Vaccination North-Western Provinces and Oudh 1896-1901 - 1896-1901
Year: 1896
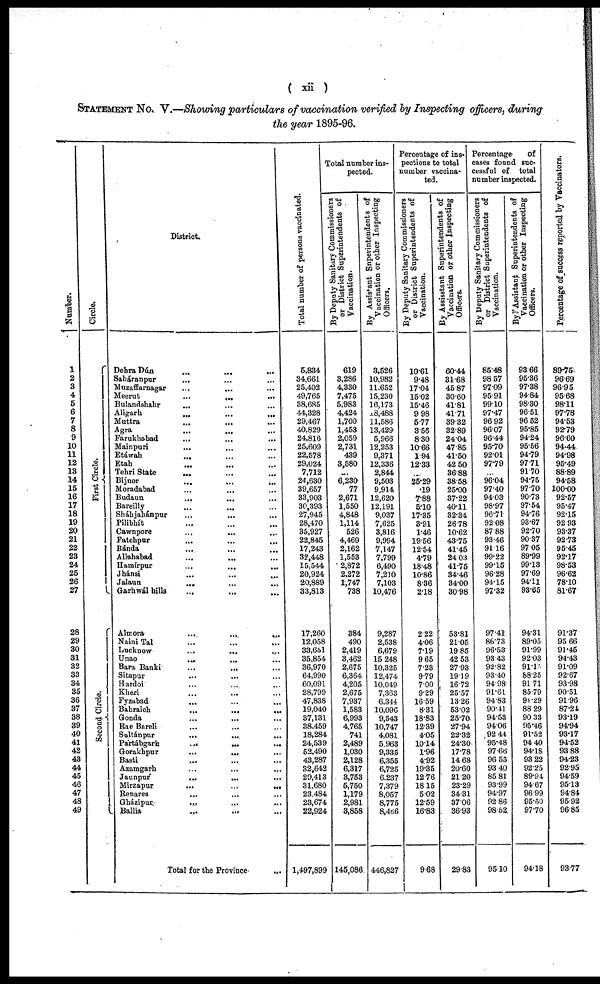
( xii )
STATEMENT No. V.—Showing particulars of vaccination verified by Inspecting officers, during
the year 1895-96.
Number.
1
2
3
4
5
6
7
8
9
10
11
12
13
14
15
16
17
18
19
20
21
22
23
24
25
26
27
28
29
30
31
32
33
34
35
36
37
38
39
40
41
42
43
44
45
46
47
48
49
Circle.
First Circle.
Second Circle.
District.
Dehra Dún
...
...
...
Saháranpur
... ... ...
Muzaffarnagar
...
...
...
Meerut ... ... ...
Bulandshahr ... ... ...
Aligarh
...
...
...
Muttra
...
...
...
Agra ... ... ...
Farukhabad ... ... ...
Mainpuri
... ... ...
Etáwah
...
...
...
Etah
...
... ...
Tehri State ... ... ...
Bijnor
...
...
...
Moradabad
...
...
...
Budaun
... ... ...
Bareilly ... ... ...
Sháhjahánpur ... ... ...
Pilibhít ... ... ...
Cawnpore
...
...
...
Fatehpur ... ... ...
Bánda
...
...
...
Allahabad
...
...
...
Hamírpur ... ... ...
Jhánsi ... ... ...
Jalaun
...
...
...
Garhwál hills
...
...
...
Almora
...
...
...
Naini Tal ... ... ...
Lucknow
...
... ...
Unao
...
... ...
Bara Banki ... ... ...
Sitapur ... ... ...
Hardoi ... ... ...
Kheri ... ... ...
Fyzabad
... ... ...
Bahraich
...
...
...
Gonda ... ... ...
Rae Bareli ... ... ...
Sultánpur
...
...
...
Partábgarh
...
...
...
Gorakhpur ... ... ...
Basti ... ... ...
Azamgarh ... ... ...
Jaunpur
...
... ...
Mirzapur
...
...
...
Benares ... ... ...
Gházipur ... ... ...
Ballia ... ... ...
Total for the Province ...
Total number of persons vaccinated.
5,834
34,661
25,402
49,765
38,685
44,328
29,467
40,829
24,816
25,609
22,578
29,024
7,712
24,630
39,657
33,903
30,393
27,945
28,470
35,927
22,845
17,243
32,448
15,544
20,924
20,889
33,813
17,260
12,058
39,651
35,854
36,970
64,990
60,091
28,799
47,838
19,040
37,131
38,459
18,284
24,539
52,490
43,287
32,642
29,413
31,680
23,484
23,674
22,924
1,497,899
Total number ins-
pected.
By Deput y Sanitary Commissioners
or District Superintendents of
Vaccination.
619
3,286
4,330
7,475
5,983
4,424
1,700
1,453
2,059
2,731
439
3,580
...
6,230
77
2,671
1,550
4,848
1,114
526
4,469
2,162
1,553
2,872
2,272
1,747
738
384
490
2,419
3,462
2,675
6,364
4,205
2,675
7,937
1,583
6,993
4,765
741
2,489
1,030
2,128
6,317
3,753
5,750
1,179
2,981
3,858
145,086
By Assistant Superintendents of
Vaccination or other Inspecting
Of f i
cer s .
3,526
10,982
11,652
15,230
16,173
18,488
11,586
13,429
5,966
12,253
9,371
12,336
2,844
9,503
9,914
12,620
12,191
9,037
7,625
3,816
9,994
7,147
7,799
6,490
7,210
7,103
10,476
9,287
2,538
6,679
15,248
10,325
12,474
10,049
7,363
6,344
10,096
9,543
10,747
4,081
5,963
9,335
6,355
6,725
6,237
7,379
8,057
8,775
8,466
446,827
Percentage of ins¬
pections to total
number vaccina-
ted.
By Deputy Sanitary Commissioners
or District Superintendents of
Vaccination.
10.61
9.48
17.04
15.02
15.46
9.98
5.77
3.56
8.30
10.66
1.94
12.33
...
25.29
.19
7.88
5.10
17.35
3.91
1.46
19.56
12.54
4.79
18.48
10.86
8.36
2.18
2.22
4.06
7.19
9.65
7.23
9.79
7.00
9.29
16.59
8.31
18.83
12.39
4.05
10.14
1.96
4.92
19.35
12.76
18.15
5.02
12.59
16.83
9.68
By Assisstant Superintendents of
Vaccination or other Inspecting
Officers.
60.44
31.68
45.87
30.60
41.81
41.71
89.32
32.89
24.04
47.85
41.50
42.50
36.88
38.58
25.00
37.22
40.11
32.34
26.78
10.62
43.75
41.45
24.03
41.75
34.46
34.00
30.98
53.81
21.05
19.85
42.53
27.93
19.19
16.72
25.57
13.26
53.02
25.70
27.94
22.32
24.30
17.78
14.68
20.60
21.20
23.29
34.31
37.06
36.93
29.83
Percentage
of
cases found suc-
cessful of total
number inspected.
By Deputy Sanitary Commissioners
or District Superintendents of
Vaccination.
85.48
98.57
97.09
95.91
99.10
97.47
96.92
96.07
96.44
95.70
92.01
97.79
...
96.04
97.40
94.03
98.97
96.71
92.08
87.88
93.46
91.16
99.22
99.15
96.28
94.15
97.32
97.41
86.73
96.53
93.43
92.82
93.40
94.98
91.61
94.83
90.41
94.53
94.06
92.44
95.48
97.66
96.55
93.40
85.81
93.99
94.97
92.86
98.52
95.10
By Assistant Superintendents of
Vaccination or other Inspecting
Officers.
93.66
95.36
97.38
94.84
98.80
96.51
96.52
95.85
94.24
95.56
94.79
97.71
91.70
94.75
97.70
90.73
97.54
94.76
93.67
92.70
90.87
97.05
89.99
99.13
97.69
94.11
93.65
94.31
89.05
91.99
92.03
91.15
88.25
91.71
85.79
91.29
88.29
90. 33
95.46
91.52
94.40
94.18
93.22
92.25
89.94
94.67
96.99
95.50
97.70
94.18
Percentage of success reported by Vaccinators.
89.75
96.69
96.95
95.68
98.11
97.78
94.53
92.79
96.60
94.44
94.98
95.49
88.89
94.58
100.00
92.57
95.47
92.15
92.93
93.37
92.73
95.45
92.17
98.53
96.62
78.10
81.67
91.37
95.66
91.45
94.43
91.09
92.67
93.98
90.51
91.96
87.24
93.19
94.94
93.17
94.52
93.88
94.23
92.95
94.59
95.13
94.84
95.92
96.85
93.77